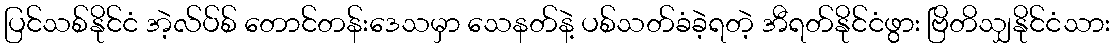
ပြင်သစ်နိုင်ငံ အဲ့လ်ပ်စ် တောင်တန်းဒေသမှာ သေနတ်နဲ့ ပစ်သတ်ခံခဲ့ရတဲ့ အီရတ်နိုင်ငံဖွား ဗြိတိသျှနိုင်ငံသား